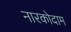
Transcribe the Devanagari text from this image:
नारकोदाम